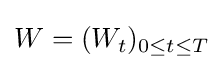
W=(W_{t})_{0\leq t\leq T}